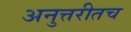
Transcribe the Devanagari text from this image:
अनुत्तरीतच